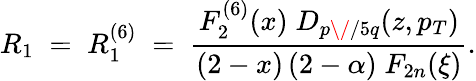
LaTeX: R_{1}\; =\; R_{1}^{(6)}\; =\; {\frac{F_{2}^{(6)}(x)\; D_{p\/ /5q}(z,p_{T})}{(2-x)\, (2-\alpha)\; F_{2n}(\xi)}}.